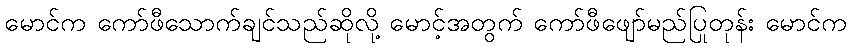
မောင်က ကော်ဖီသောက်ချင်သည်ဆိုလို့ မောင့်အတွက် ကော်ဖီဖျော်မည်ပြုတုန်း မောင်က